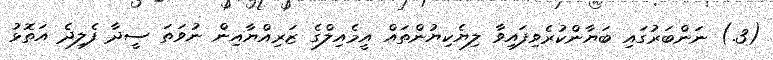
(3.) ނަންބަރުގައި ބަޔާންކުރެވިފައިވާ ލިޔެކިޔުންތައް އީމެއިލްގެ ޒަރިއްޔާއިން ނުވަތަ ސީދާ ފެލިދެ އަތޮޅު